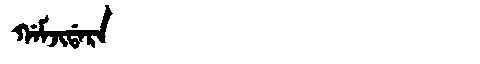
Manchu: ᡤᠠᠮᠵᡳᡩᠠᡵᠠ
Romanization: GAMJIDARA